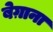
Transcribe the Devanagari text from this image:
बेग़ाना